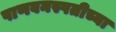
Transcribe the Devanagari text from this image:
पाणवनस्पतीच्या